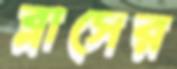
ব্লাসের